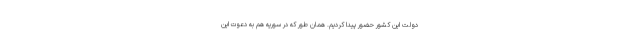
دولت این کشور حضور پیدا کردیم. همان طور که در سوریه هم به دعوت این